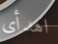
اهدأى